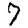
Digit: 7